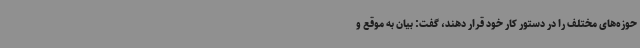
حوزه‌های مختلف را در دستور کار خود قرار دهند، گفت: بیان به موقع و